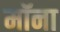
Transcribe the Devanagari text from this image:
मॉना